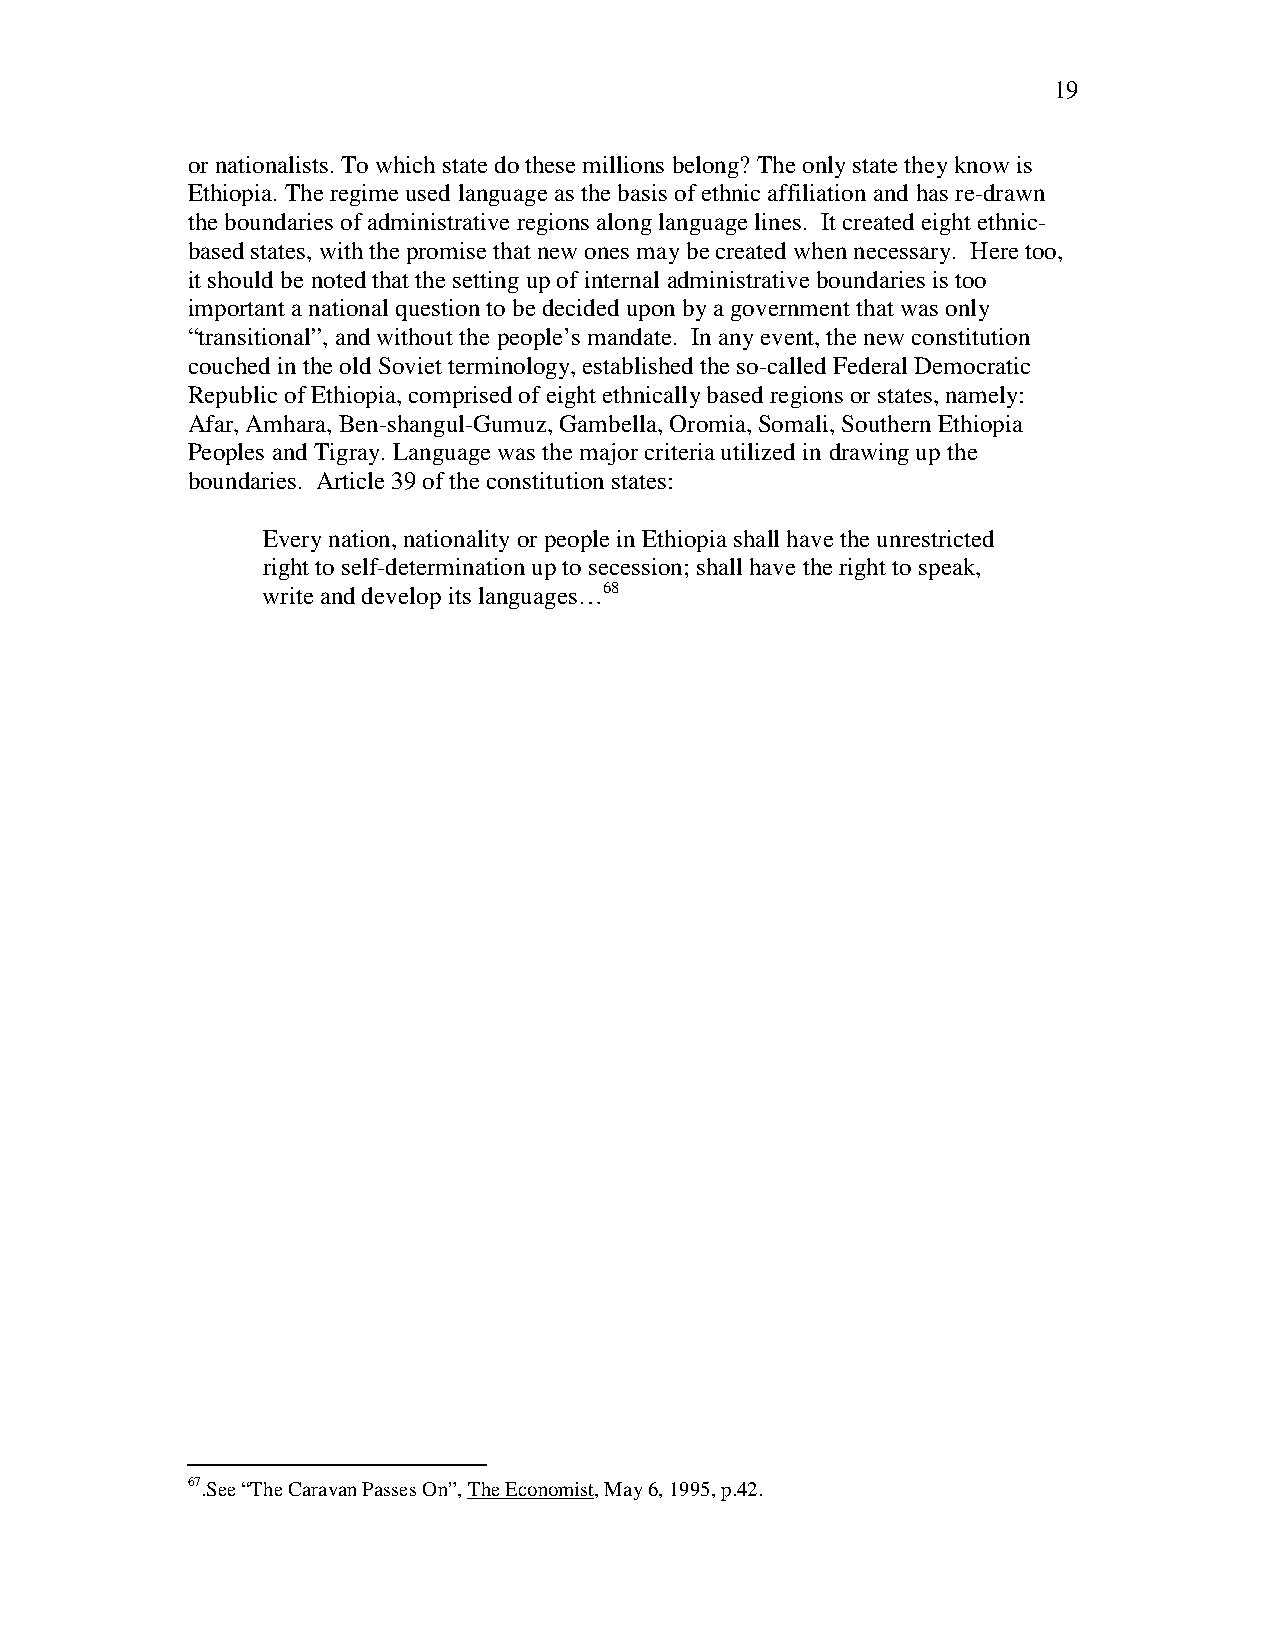
19
 or nationalists. To which state do these millions belong? The only state they know is
 Ethiopia. The regime used language as the basis of ethnic affiliation and has re-drawn
 the boundaries of administrative regions along language lines. It created eight ethnic-
 based states, with the promise that new ones may be created when necessary. Here too,
 it should be noted that the setting up of internal administrative boundaries is too
 important a national question to be decided upon by a government that was only
 “transitional”, and without the people’s mandate. In any event, the new constitution
 couched in the old Soviet terminology, established the so-called Federal Democratic
 Republic of Ethiopia, comprised of eight ethnically based regions or states, namely:
 Afar, Amhara, Ben-shangul-Gumuz, Gambella, Oromia, Somali, Southern Ethiopia
 Peoples and Tigray. Language was the major criteria utilized in drawing up the
 boundaries. Article 39 of the constitution states:
 Every nation, nationality or people in Ethiopia shall have the unrestricted
 right to self-determination up to secession; shall have the right to speak,
 write and develop its languages…68
 67.See “The Caravan Passes On”, The Economist, May 6, 1995, p.42.